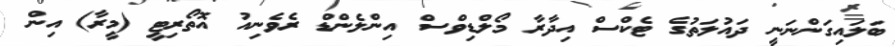
ބަލައިގަންނަނީ ދައުލަތުގެ ޓެކްސް އިދާރާ މޯލްޑިވްސް އިންލެންޑް ރެވެނިއު އޮތޯރިޓީ (މީރާ) އިން